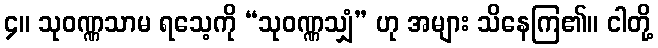
၄။ သုဝဏ္ဏသာမ ရသေ့ကို “သုဝဏ္ဏသျှံ” ဟု အများ သိနေကြ၏။ ငါတို့